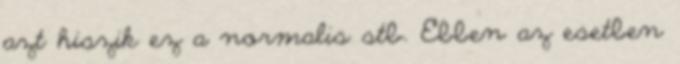
azt hiszik ez a normalis stb. Ebben az esetben